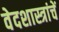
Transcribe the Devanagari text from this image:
वेदशास्त्रांचें